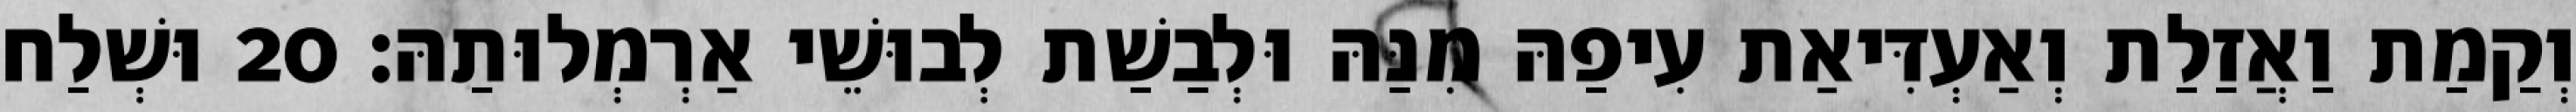
וְקַמַת וַאֲזַלַת וְאַעְדִּיאַת עִיפַהּ מִנַּהּ וּלְבַשַׁת לְבוּשֵׁי אַרְמְלוּתַהּ׃ 20 וּשְׁלַח